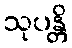
သုပန္တိ